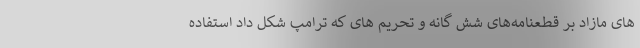
های مازاد بر قطعنامه‌های شش گانه و تحریم های که ترامپ شکل داد استفاده